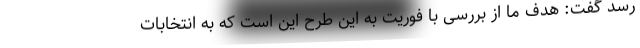
رسد گفت: هدف ما از بررسی با فوریت به این طرح این است که به انتخابات